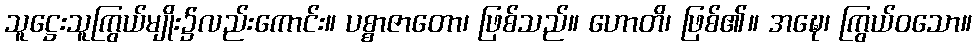
သူဋ္ဌေးသူကြွယ်မျိုး၌လည်းကောင်း။ ပစ္စာဇာတော၊ ဖြစ်သည်။ ဟောတိ၊ ဖြစ်၏။ အဍ္ဎေ၊ ကြွယ်ဝသော။